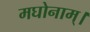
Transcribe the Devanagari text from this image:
मघोनाम्।